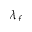
\lambda _ { f }